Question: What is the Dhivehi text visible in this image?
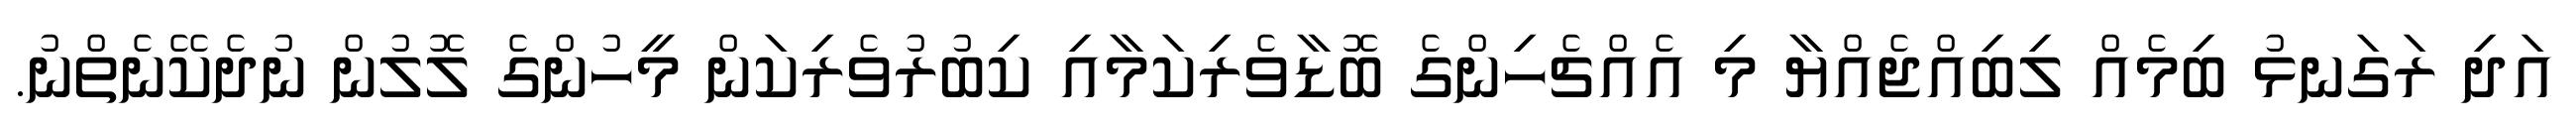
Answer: އަދި ރަގަނޅު ބިމެއް ލިބިއްޖެއްޔާ މި އެއްޗެހިންގެ ބޮޑާވެރިކަމާއި ކިބުރުވެރިކަން މީހުންގެ ލޮލުން ނުދެކޭނެތްނު.